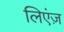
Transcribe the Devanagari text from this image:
लिएंज़